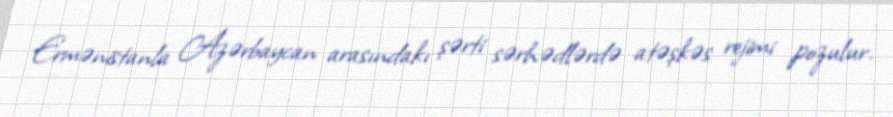
Ermənistanla Azərbaycan arasındakı şərti sərhədlərdə atəşkəs rejimi pozulur.